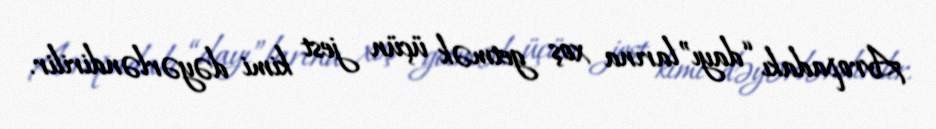
Avropadakı “dayı”larına xoş getmək üçün jest kimi dəyərləndirilir.